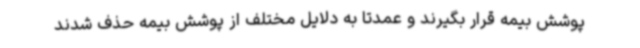
پوشش بیمه قرار بگیرند و عمدتا به دلایل مختلف از پوشش بیمه حذف شدند